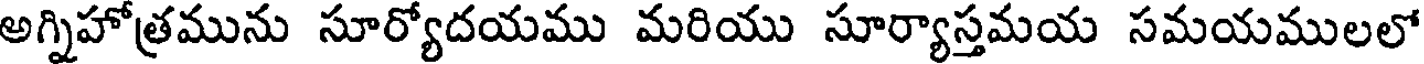
అగ్నిహోత్రమును సూర్యోదయము మరియు సూర్యాస్తమయ సమయములలో